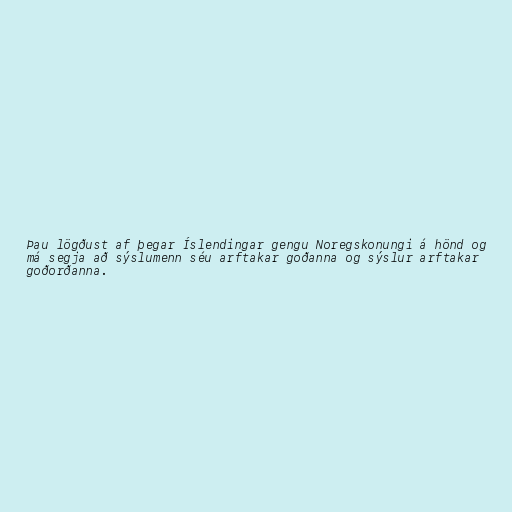
Þau lögðust af þegar Íslendingar gengu Noregskonungi á hönd og
má segja að sýslumenn séu arftakar goðanna og sýslur arftakar
goðorðanna.